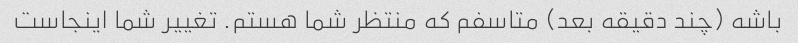
باشه (چند دقیقه بعد) متاسفم که منتظر شما هستم. تغییر شما اینجاست